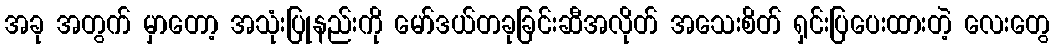
အခု အတွက် မှာတော့ အသုံးပြုနည်းကို မော်ဒယ်တခုခြင်းဆီအလိုတ် အသေးစိတ် ရှင်းပြပေးထားတဲ့ လေးတွေ